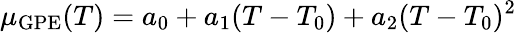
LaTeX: \mu_{\mathrm{GPE}}(T)=a_{0}+a_{1}(T-T_{0})+a_{2}(T-T_{0})^{2}